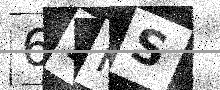
Text: 62RS